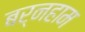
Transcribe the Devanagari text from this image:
बर्नहाम